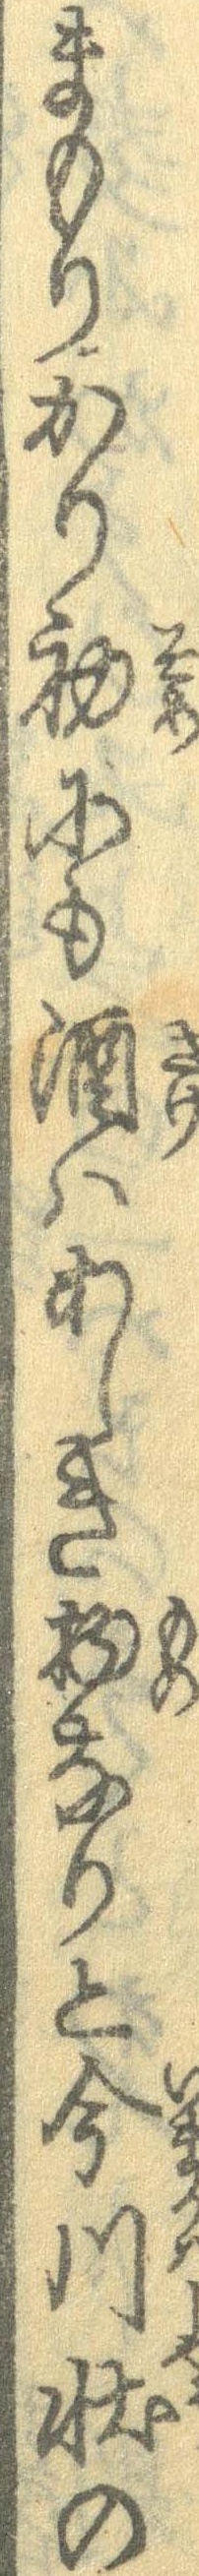
まもりかり初にも酒はあしき物なりと今川状の